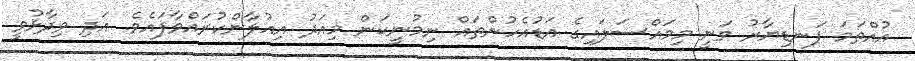
އުއްތަމަ ފަނޑިޔާރު ވަނީ މިމައްސަލައިގެ އަޑުއެހުންތައް ނިމުނީކަން މިއަދު އިއުލާންކުރައްވާފައެވެ. އަދި ވިދާޅުވީ